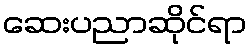
ဆေးပညာဆိုင်ရာ